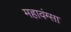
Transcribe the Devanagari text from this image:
महावंग्सा